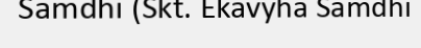
Samdhi (Skt. Ekavyha Samdhi